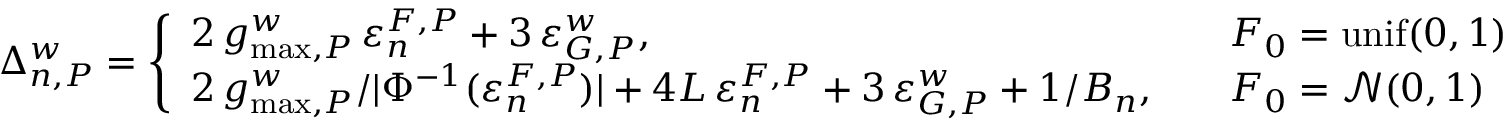
\Delta _ { n , P } ^ { w } = \left\{ \begin{array} { l l } { 2 \, g _ { \operatorname* { m a x } , P } ^ { w } \, \varepsilon _ { n } ^ { F , P } + 3 \, \varepsilon _ { G , P } ^ { w } , \quad } & { F _ { 0 } = \mathrm { u n i f } ( 0 , 1 ) } \\ { 2 \, g _ { \operatorname* { m a x } , P } ^ { w } / | \Phi ^ { - 1 } ( \varepsilon _ { n } ^ { F , P } ) | + 4 L \, \varepsilon _ { n } ^ { F , P } + 3 \, \varepsilon _ { G , P } ^ { w } + 1 / B _ { n } , \quad } & { F _ { 0 } = \mathcal { N } ( 0 , 1 ) } \end{array} \right.